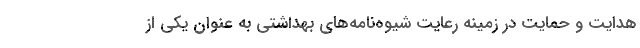
هدایت و حمایت در زمینه رعایت شیوه‌نامه‌های بهداشتی به عنوان یکی از